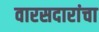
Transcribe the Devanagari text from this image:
वारसदारांचा